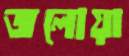
জলোয়া